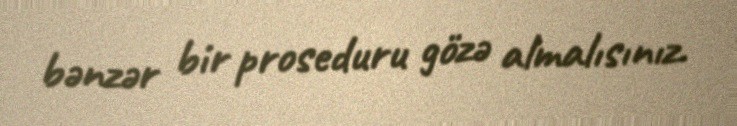
bənzər bir proseduru gözə almalısınız.